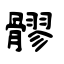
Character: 髎